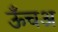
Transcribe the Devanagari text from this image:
ऊँचअ